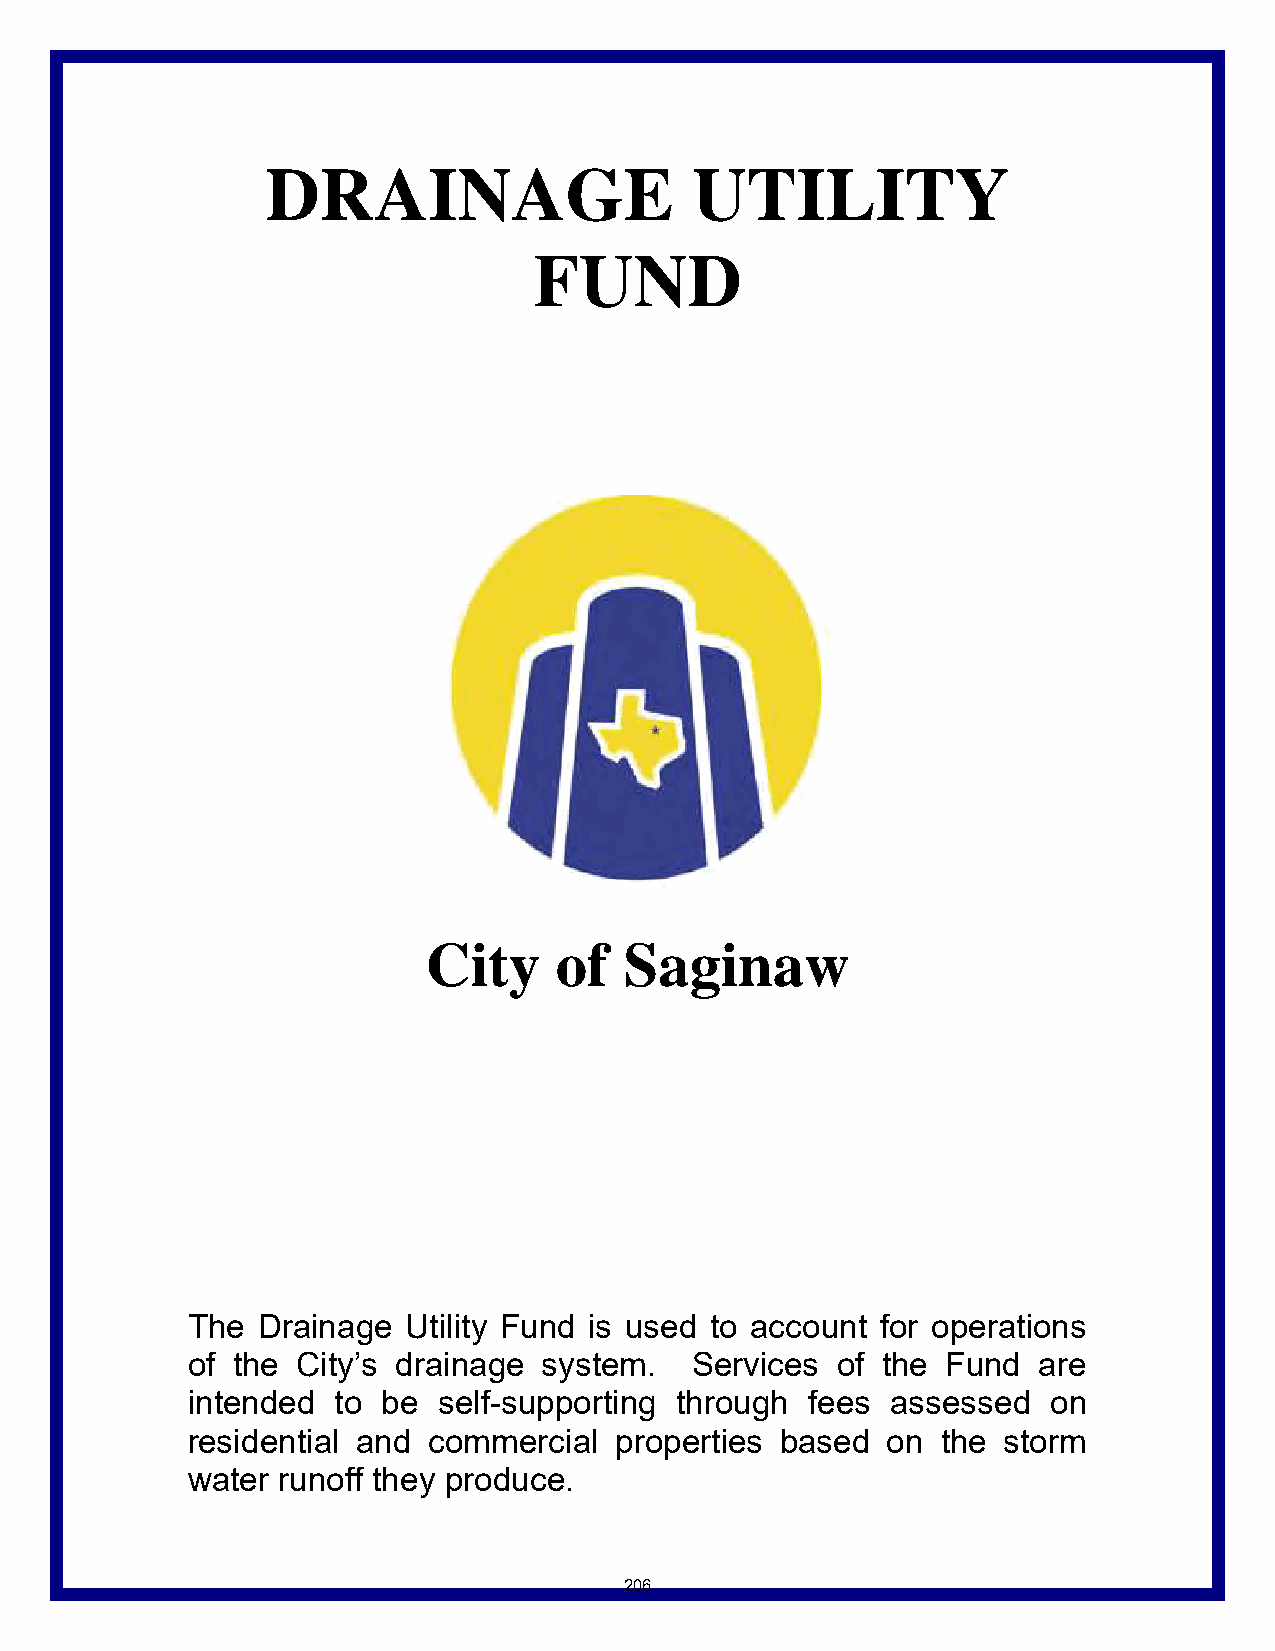
DRAINAGE                    UTILITY
 FUND
 City     of  Saginaw
 The  Drainage  Utility Fund is used to account for operations
 of the  City’s drainage system.   Services of the  Fund  are
 intended  to be  self-supporting through fees  assessed   on
 residential and commercial   properties based  on the storm
 water runoff they produce.
 206